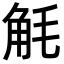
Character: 𮗥